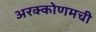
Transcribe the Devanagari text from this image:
अरक्कोणमची